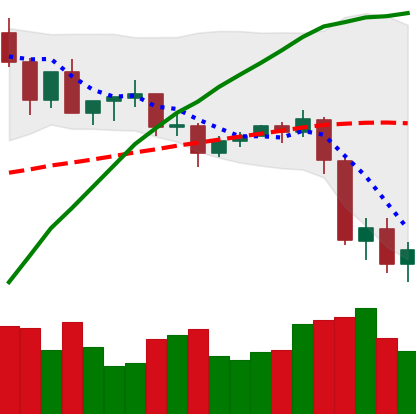
Ticker: XLM-USD
Chart end date: 2020-09-06
Forward return: 7.637%
Label: up_7plus